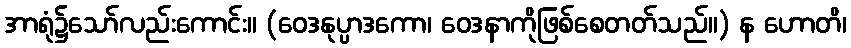
အာရုံ၌သော်လည်းကောင်း။ (ဝေဒနုပ္ပာဒကော၊ ဝေဒနာကိုဖြစ်စေတတ်သည်။) န ဟောတိ၊